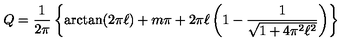
Q = \frac { 1 } { 2 \pi } \left\{ { \arctan } ( 2 { \pi } { \ell } ) + m \pi + 2 { \pi } { \ell } \left( 1 - \frac { 1 } { \sqrt { 1 + 4 { \pi } ^ { 2 } { \ell } ^ { 2 } } } \right) \right\}